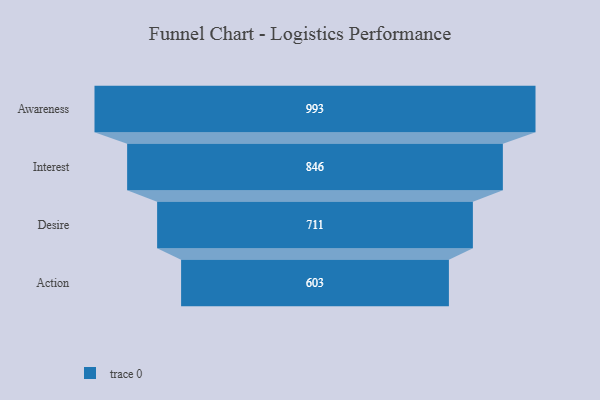
{"axis": {"x": "Stage", "y": "Value"}, "legend": [""], "data": [{"x": "Awareness", "y": 993.0, "type": ""}, {"x": "Interest", "y": 846.0, "type": ""}, {"x": "Desire", "y": 711.0, "type": ""}, {"x": "Action", "y": 603.0, "type": ""}]}